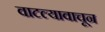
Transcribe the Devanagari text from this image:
वाटल्यावाचून